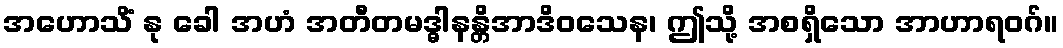
အဟောသိံ နု ခေါ အဟံ အတီတမဒ္ဓါနန္တိအာဒိဝသေန၊ ဤသို့ အစရှိသော အာဟာရဝဂ်။